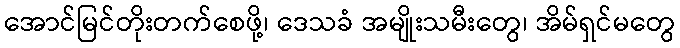
အောင်မြင်တိုးတက်စေဖို့၊ ဒေသခံ အမျိုးသမီးတွေ၊ အိမ်ရှင်မတွေ